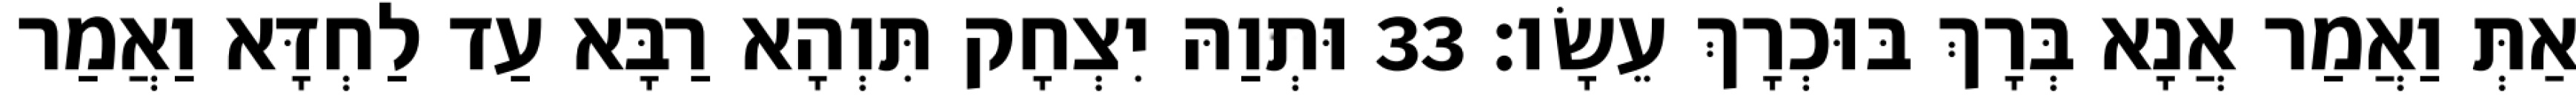
אַתְּ וַאֲמַר אֲנָא בְּרָךְ בּוּכְרָךְ עֵשָׂו׃ 33 וּתְוַהּ יִצְחָק תִּוְהָא רַבָּא עַד לַחְדָּא וַאֲמַר